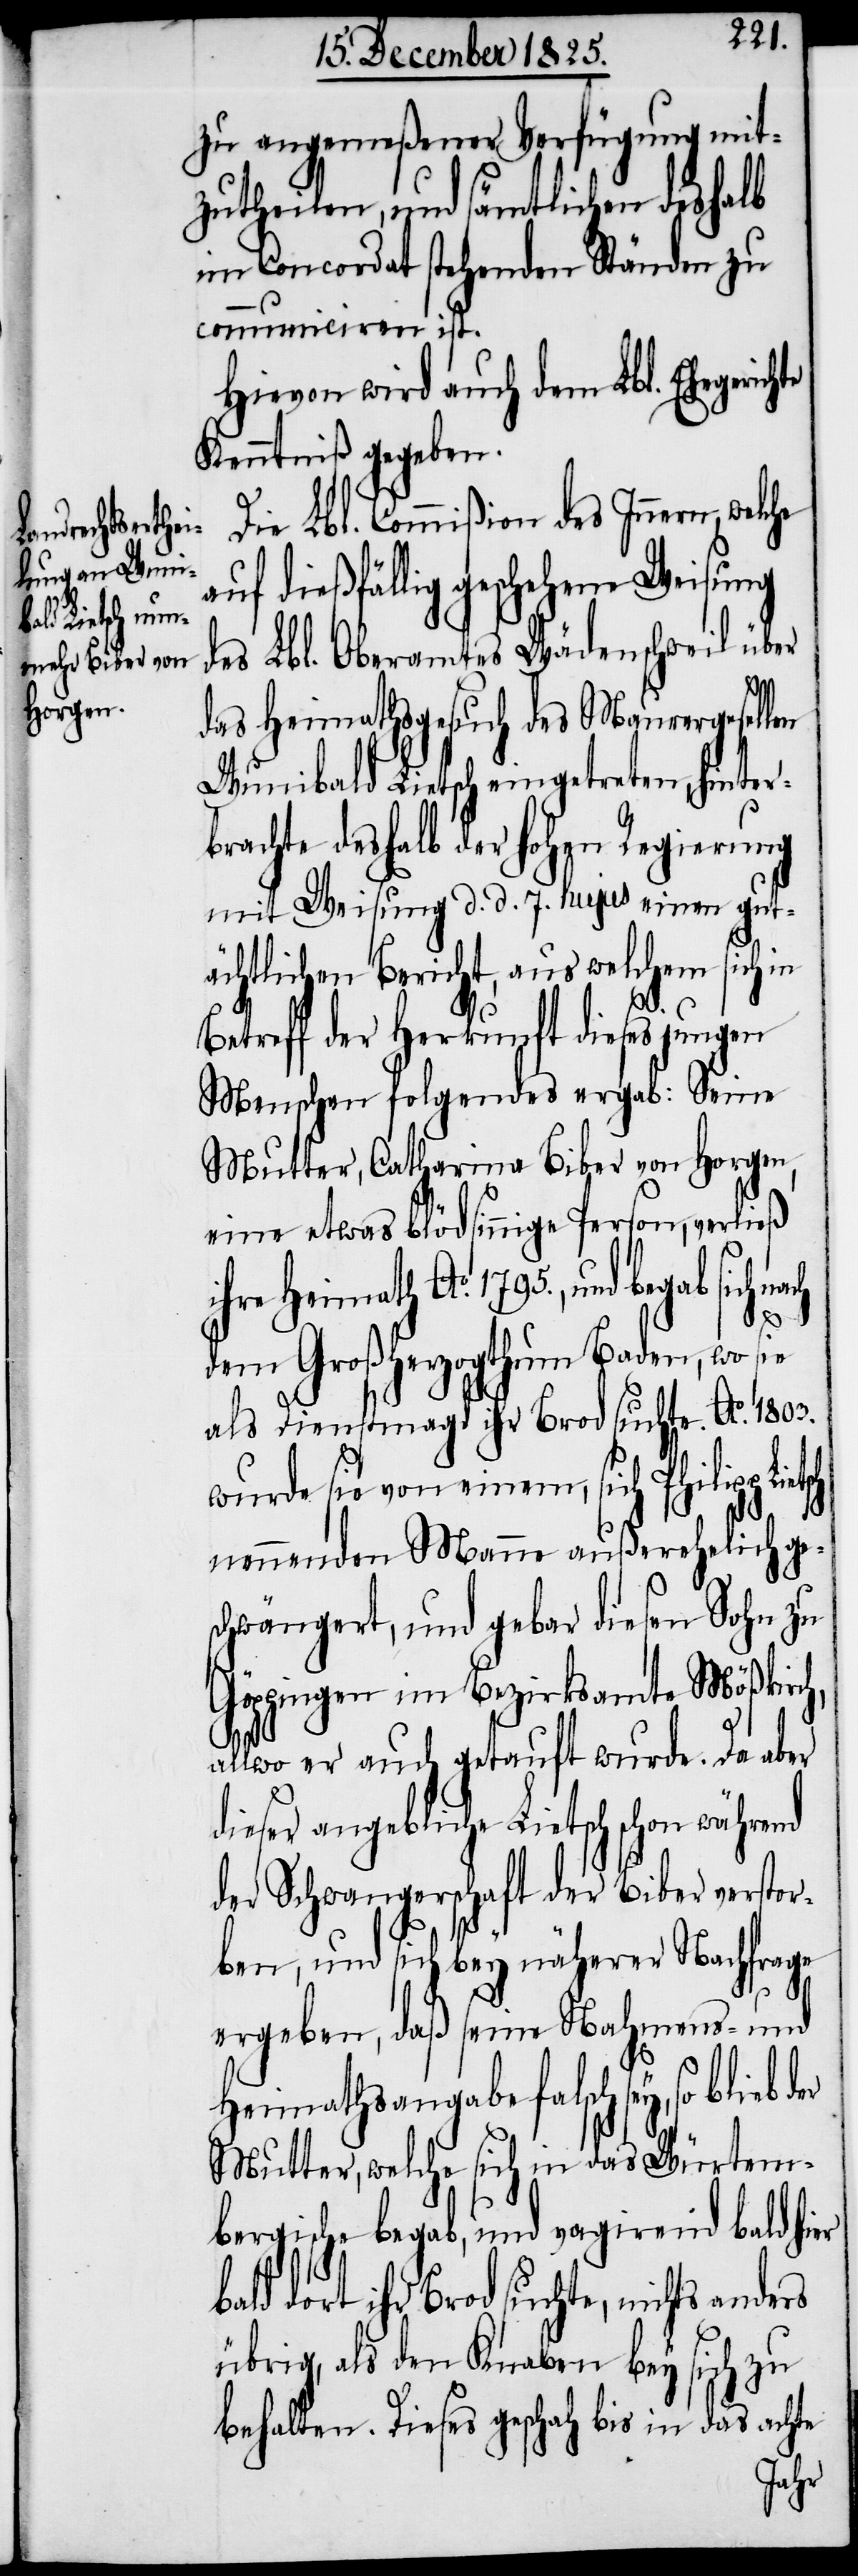
zu angemeßener Verfügung mit¬
zutheilen, und sämtlichen deshalb
im Concordat stehenden Ständen zu
communiciren ist.
Hievon wird auch dem Lbl. Ehegerich¬
Kenntniß gegeben.
Die Lbl. Commißion des Innern, wel¬
auf dießfällig geschehene Weisung
des Lbl. Oberamtes Wädenschweil über
das Heimathsgesuch des Mauergesellen
Wunibald Lietsch eingetreten, hinter¬
brachte deshalb der hohen Regierung
mit Weisung d. d. 7. hujus einen gut¬
ächtlichen Bericht, aus welchem sich in
Betreff der Herkunft dieses jungen
Menschen folgendes ergab: Seine
Mutter, Catharina Biber von Horgen,
eine etwas blödsinnige Person, verließ
ihre Heimath Ao. 1795., und begab sich
der
dem Großherzogthum Baden, wo sie
als Dienstmagd ihr Brod suchte. Ao. 1803.
wurde sie von einem, sich Philipp Li¬
nennenden Manne außerehelich ge¬
schwängert, und gebar diesen Sohn zu
Göppingen im Bezirksamte Mößkirch,
allwo er auch getauft wurde. Da aber
dieser angebliche Lietsch schon während
der Schwangerschaft der Biber verstor¬
ben, und sich bey näherer Nachfrage
ergeben, daß seine Nahmens- und
Heimathsangabe falsch sey, so blieb
Mutter, welche sich in das Würtem¬
bergische begab, und vagirend bald hier
bald dort ihr Brod suchte, nichts anders
übrig, als den Knaben bey sich zu
behalten. Dieses geschah bis in das achte
che